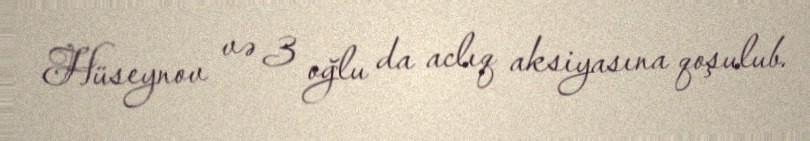
Hüseynov və 3 oğlu da aclıq aksiyasına qoşulub.